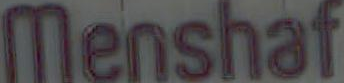
Menshaf